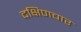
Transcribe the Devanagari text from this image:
दक्षिणचार